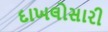
દાખલોસારી